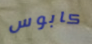
كابوس